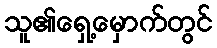
သူ၏ရှေ့မှောက်တွင်